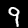
Digit: 9